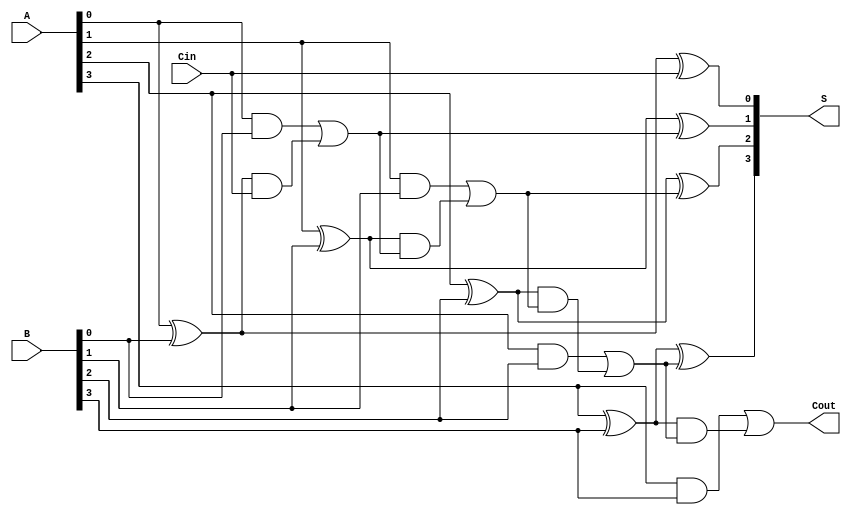
`timescale 1ns / 1ps
//////////////////////////////////////////////////////////////////////////////////
// Company: 
// Engineer: 
// 
// Design Name: 
// Module Name:    CLA 
// Project Name: 
// Target Devices: 
// Tool versions: 
// Description: 
//
// Dependencies: 
//
// Revision: 
// Revision 0.01 - File Created
// Additional Comments: 
//
//////////////////////////////////////////////////////////////////////////////////
module Carry_lookahead_adder(
	input [3:0]A,B, // 4bit input
	input Cin, // input carry
	output [3:0]S, // output sum
	output Cout
	);
wire [3:0]P,G; // Intermediate signals
wire [4:1]C;

assign P[0] = A[0] ^ B[0]; // intermediate Propagate singals
assign P[1] = A[1] ^ B[1];
assign P[2] = A[2] ^ B[2];
assign P[3] = A[3] ^ B[3];

assign G[0] = A[0] & B[0]; // intermediate Generate singals
assign G[1] = A[1] & B[1];
assign G[2] = A[2] & B[2];
assign G[3] = A[3] & B[3];
              
assign C[1] = G[0] | (P[0] & Cin);  // carry generation
assign C[2] = G[1] | (P[1] & C[1]);
assign C[3] = G[2] | (P[2] & C[2]);
assign C[4] = G[3] | (P[3] & C[3]);

assign S[0] = P[0] ^ Cin;   // assign sum
assign S[1] = P[1] ^ C[1];
assign S[2] = P[2] ^ C[2];
assign S[3] = P[3] ^ C[3];
assign Cout = C[4];

endmodule